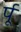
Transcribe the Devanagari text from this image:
र्पू